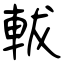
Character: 軷